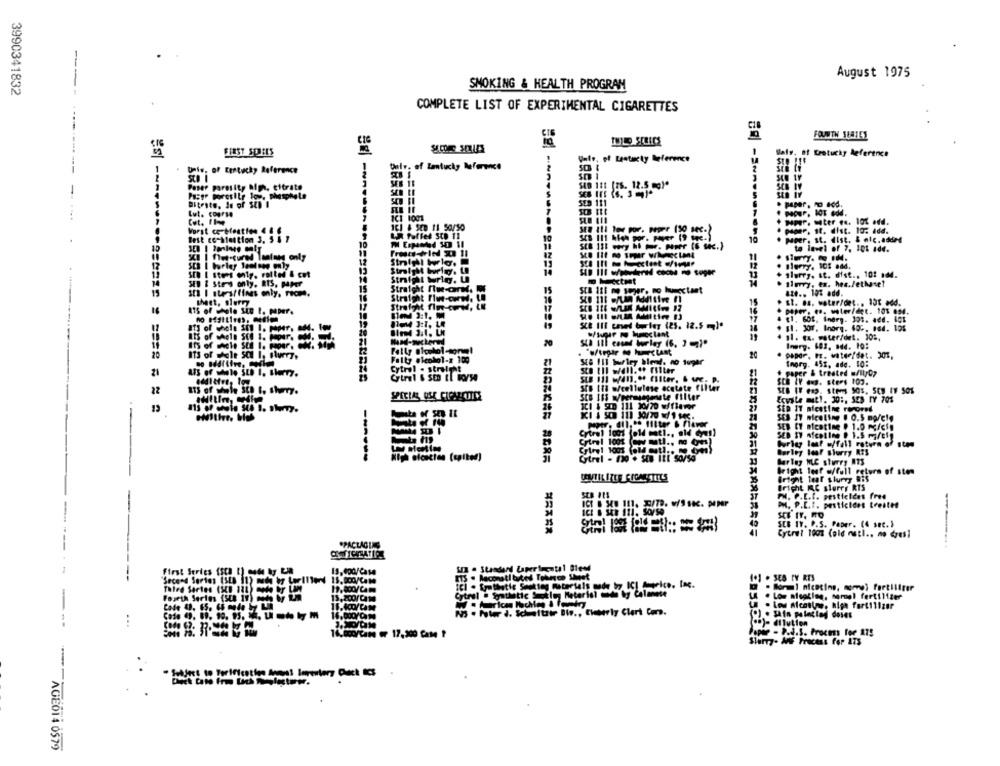
.
--
August 1975
3990341832
SMOKING & HEALTH PROGRAM
COMPLETE LIST OF EXPERIMENTAL CIGARETTES
FOURTH SEATES
INILO SCRICS
FIRST SOLEES
Slats. of Eretucky Reference
Univ. of Lentacty Reference
Univ. of Certucky Reference
Dalv. of Lantucky Reference
SEB 18
SUB 111 [TS. 12.5 mg)*
Poser pareilty Riph, citrate
Passe poresile low, phosphate
Bitrate, Ju of SCD I
. pager, moiod.
Lut. Course
Cut, 11-e
ICI 1001
Vorst ce-Mention 4 &
101 6 SE0 11 50/50
SER ALI Tes por. poper (50 sec-)
pagar, st. dist. 10: Add.
Best co-Mention 3. 5 5 7
UR Puffet StD 11
SEB 111 Men por. paper (9 fac.)
10
Paper, st. dist. & alc. added
to level of 7, 101 4de.
SCI | flet-cured lantand only
Sto Ilt no super wilnectant
Berry, 105 add.
SC [ stors only, rolled & ct
+ slurry. st. dist ., 10: 14.
SED & Stes only, RIS, PPT
. slurry, en. he./ethaset
15
Straight flue-onM. M
SEB 116 me soper. mo humectant
az ... 10% add.
19
Straight Plw-cw. L.
sheet, slurry
Strafght flo-cure, LE
15
. st. es. water/det .. 15℃ add.
16
paper. es. water/det. 101 054.
$7
[1, 60t, Shery. 301. add. 401
8Th of whole 30 I. paper.
SCE III coved burley (25. 12.5 ]*
its of whole Sil I. Pour. .
Bled 3.1. LM
. 11. Ex. water/det. 10%,
20
Sta ill cound burley (6. ] [7]"
Inorg. 603, 944. 10:
20
Falty alcohol-z 109
SE& III burley blend. no tugar
20
paper. Fr. water/det. 201,
Thorg. 45x, ade. 10:
21
Cytrol . straight
# paper & treated w/llyG?
SCH IV .g. steps 102.
22
ETS of whole SED B. Sherry.
Sto Ifi s/cellulose acetate Filler
Sto 163 w/permsagenete filter
Zowile muel. 30 :, SES TY 701
SCI 4 STD 111 30/70 wifiaver
13
SED IT nicotine ramored
SES IT nicotine . 0.5 mg/cle
SED CY nicotine @ 1.0 /cfp
SED SY nfcoline @ 1.5 m/cig
Crirel 1001 (aw metl ., mo Cu)
Burley leaf w/fall ratura of stp
Cylrel 1001 (old mutl .. det
Burley loof slurry RES
------
Gtrel - 130 . SEB ILE SO/54
harley MLC sturry MT5
Bright leaf w/full return of ston
Bright tear slurry Bis
Bright IC slurry RIS
PH. P.L.I. pesticides free
P. P.C.I. pesticides trente
SEB IV. P.S. Paper. (4 see. )
Cytret 1001 (old natl .. no dres]
*PACLAGUAS
\n . Standard Laper incatal Blend
13.000/Casa
SeCOM 38
15 . laconstituted Tobeco Sheet
4.1 . SES FY RTS
Third Sort
ICI . Srathetie Seoktay Materials made by ICI Auprice, Inc.
. Son! niceting, momw) fortillter
Fourth Ser
15.200/ Ca10
Cytrul . Synthetic Smokley Meterial mide by Celanese
L . Low micaking, sommel fertilizer
L . Low Alcostowe, high fertilizer
Cale 4.
(.) . Sain palettey deses
(.)- dilution
14.000/Can or 17,200 Came ?
Paper - P.d.S. Process for ATS
Slurry- AF Process for 175
AGE014 0579